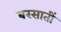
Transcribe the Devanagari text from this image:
बरसातीं